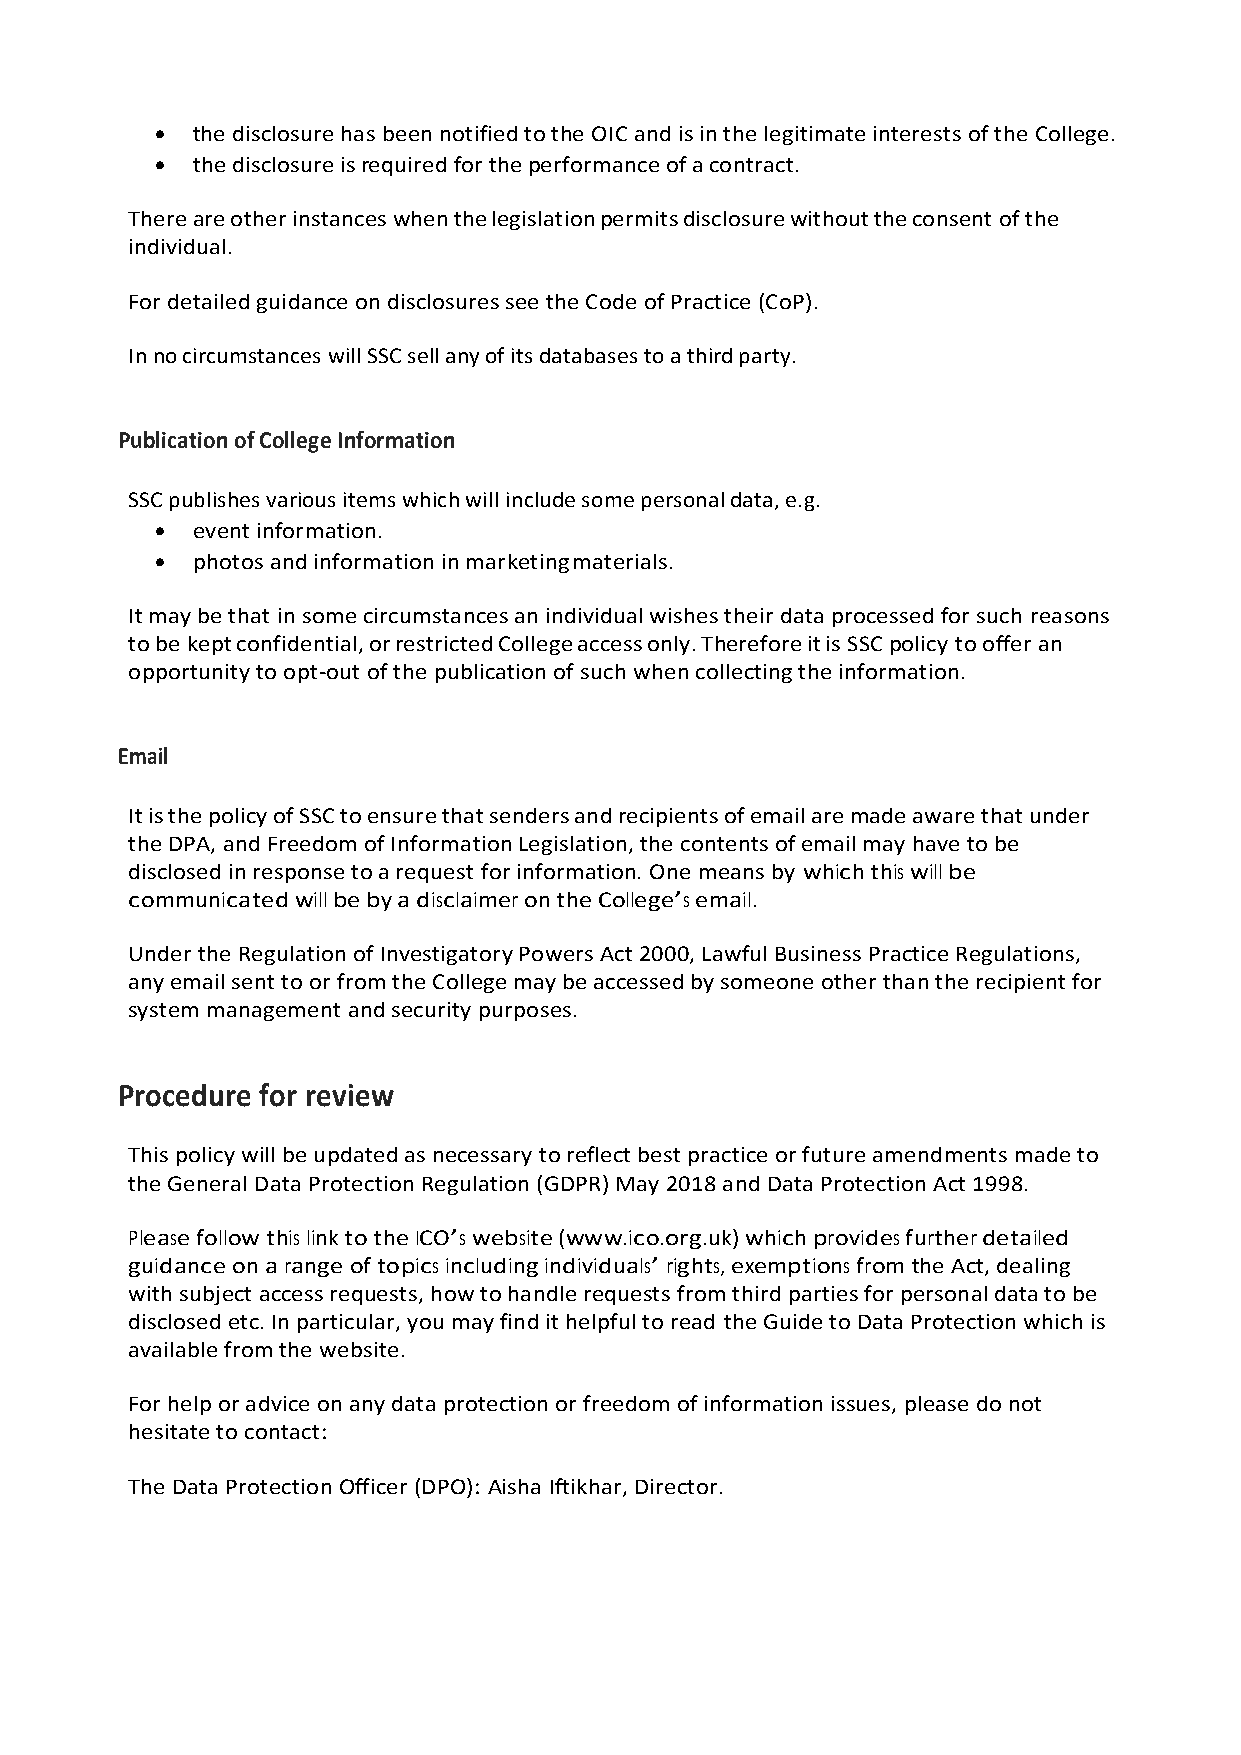
  the disclosure has been notified to the OIC and is in the legitimate interests of the College.
   the disclosure is required for the performance of a contract.
 There are other instances when the legislation permits disclosure without the consent of the
 individual.
 For detailed guidance on disclosures see the Code of Practice (CoP).
 In no circumstances will SSC sell any of its databases to a third party.
 Publication of College Information
 SSC publishes various items which will include some personal data, e.g.
   event information.
   photos and information in marketing materials.
 It may be that in some circumstances an individual wishes their data processed for such reasons
 to be kept confidential, or restricted College access only. Therefore it is SSC policy to offer an
 opportunity to opt-out of the publication of such when collecting the information.
 Email
 It is the policy of SSC to ensure that senders and recipients of email are made aware that under
 the DPA, and Freedom of Information Legislation, the contents of email may have to be
 disclosed in response to a request for information. One means by which this will be
 communicated will be by a disclaimer on the College’s email.
 Under the Regulation of Investigatory Powers Act 2000, Lawful Business Practice Regulations,
 any email sent to or from the College may be accessed by someone other than the recipient for
 system management and security purposes.
 Procedure for review
 This policy will be updated as necessary to reflect best practice or future amendments made to
 the General Data Protection Regulation (GDPR) May 2018 and Data Protection Act 1998.
 Please follow this link to the ICO’s website (www.ico.org.uk) which provides further detailed
 guidance on a range of topics including individuals’ rights, exemptions from the Act, dealing
 with subject access requests, how to handle requests from third parties for personal data to be
 disclosed etc. In particular, you may find it helpful to read the Guide to Data Protection which is
 available from the website.
 For help or advice on any data protection or freedom of information issues, please do not
 hesitate to contact:
 The Data Protection Officer (DPO): Aisha Iftikhar, Director.